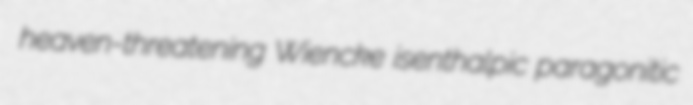
heaven-threatening Wiencke isenthalpic paragonitic